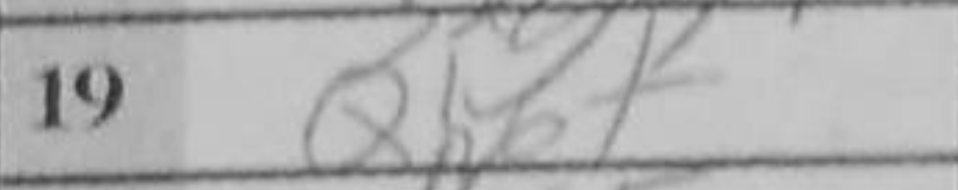
Transcription: Qh6+